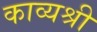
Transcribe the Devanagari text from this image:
काव्यश्री